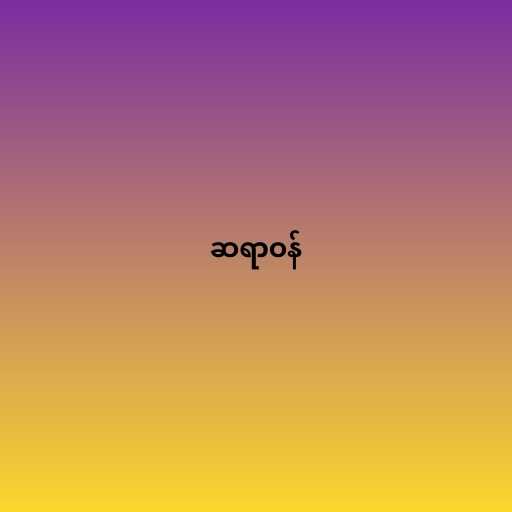
ဆရာဝန်